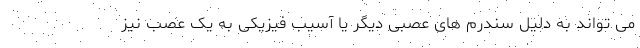
می تواند به دلیل سندرم های عصبی دیگر یا آسیب فیزیکی به یک عصب نیز